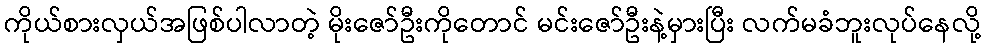
ကိုယ်စားလှယ်အဖြစ်ပါလာတဲ့ မိုးဇော်ဦးကိုတောင် မင်းဇော်ဦးနဲ့မှားပြီး လက်မခံဘူးလုပ်နေလို့